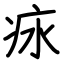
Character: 㽷